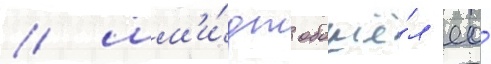
/ шм'и́дт обошё́л ео́